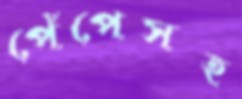
পেঁপেসহ